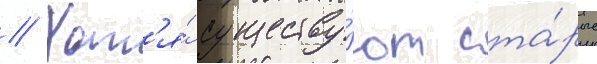
// Хот'я́ существу́ют ста́рые